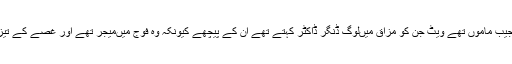
ایک مجیب ماموں تھے ویٹ جن کو مزاق میں‌لوگ ڈنگر ڈاکٹر کہتے تھے ان کے پیچھے کیونکہ وہ فوج میں‌میجر تھے اور غصے کے تیز تھے۔